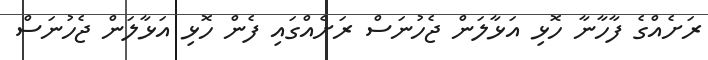
ރަށެއްގެ ފާހާނާ ހޮޅި އަޅާލަން ޖެހުނަސް ރަށެއްގައި ފެން ހޮޅި އަޅާލަން ޖެހުނަސް